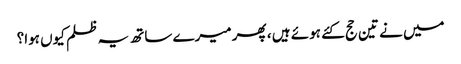
میں نے تین حج کئے ہوئے ہیں ، پھر میرے ساتھ یہ ظلم کیوں ہوا؟